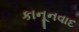
કાનૂનવાદ